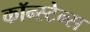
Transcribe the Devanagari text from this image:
कॉन्स्टेन्स